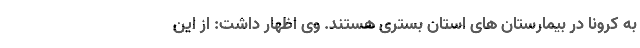
به کرونا در بیمارستان های استان بستری هستند. وی اظهار داشت: از این